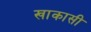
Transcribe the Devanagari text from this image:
खाकासी